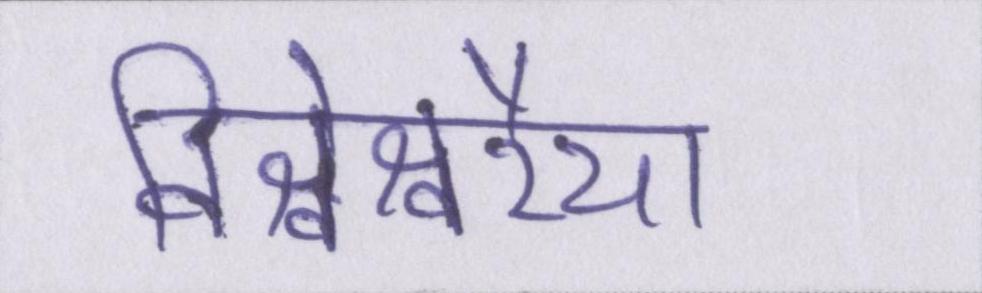
विश्वेश्वरैया